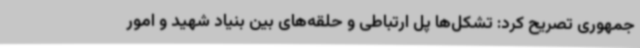
جمهوری تصریح کرد: تشکل‌ها پل ارتباطی و حلقه‌های بین بنیاد شهید و امور